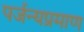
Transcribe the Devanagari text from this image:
पर्जन्यप्रमाण